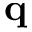
{ \bf q }